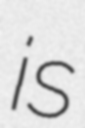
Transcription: is